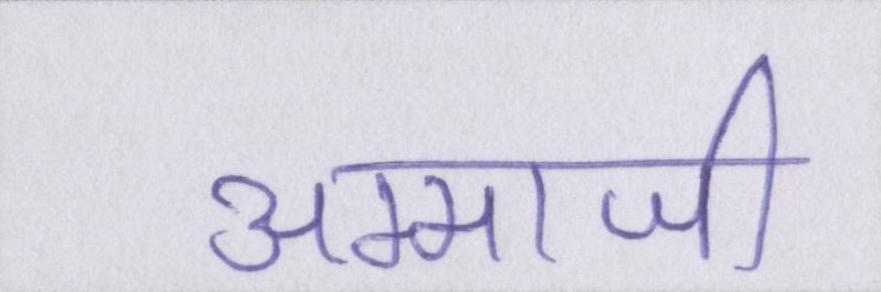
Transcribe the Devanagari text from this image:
अम्माजी